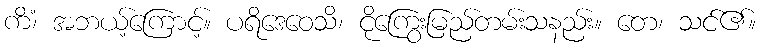
ကိံ၊ အဘယ့်ကြောင့်။ ပရိဒေဝေသိ၊ ငိုကြွေးမြည်တမ်းသနည်း။ တေ၊ သင်၏။